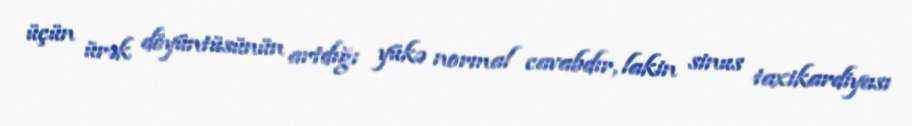
üçün ürək döyüntüsünün artdığı yükə normal cavabdır, lakin sinus taxikardiyası